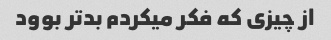
از چیزی که فکر میکردم بدتر بوود